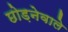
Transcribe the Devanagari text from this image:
छोड़नेवाले